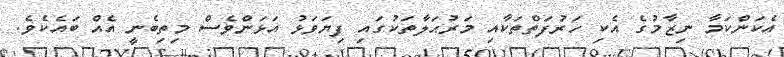
އެކަންކަމާ ނިޒާމުގެ އެކި ހަރުފަތްތަކާއި މަރުޙަލާތަކުގައި ފިޔަވަޅު އަޅަންވެސް މިތިބެނީ އެއް ބައެކެވެ.